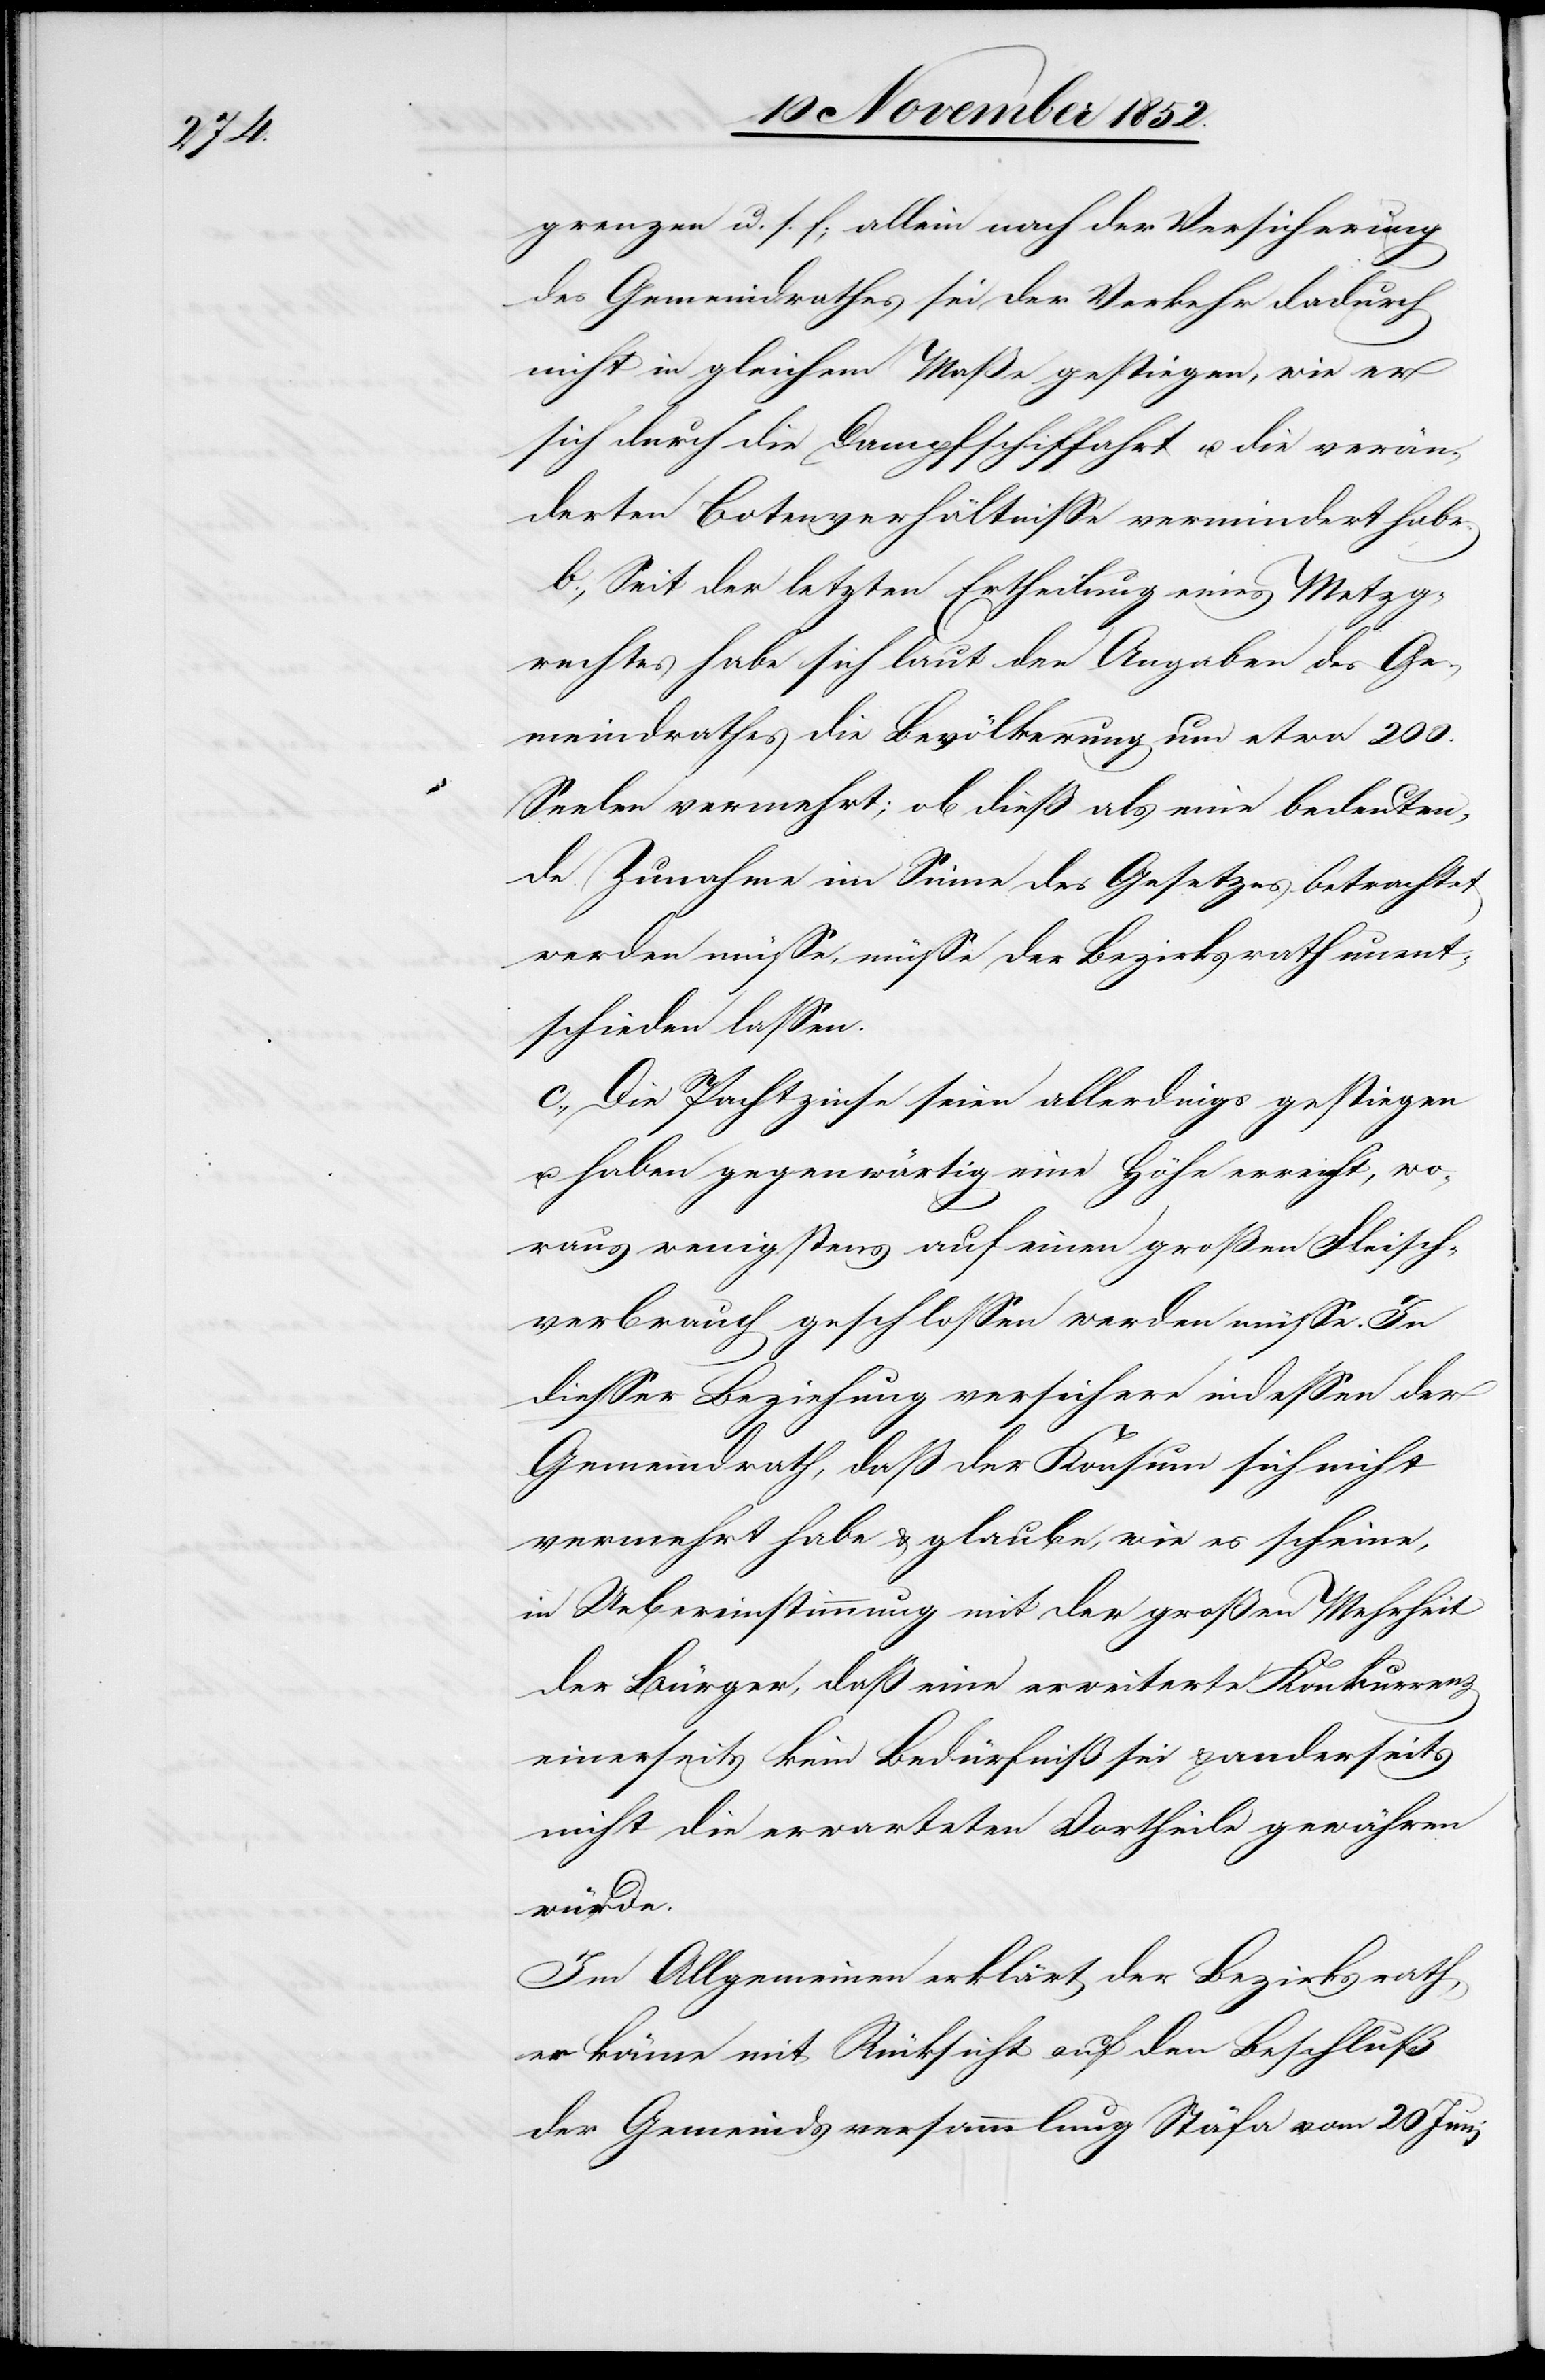
grenzen u. s. f; allein nach der Versicherung
des Gemeindrathes sei der Verkehr dadurch
nicht in gleichem Maße gestiegen, wie er
sich durch die Dampfschiffahrt u. die verän¬
derten Botenverhältnisse vermindert habe.
b., Seit der letzten Ertheilung eines Metzg¬
rechtes habe sich laut den Angaben des Ge¬
meindrathes die Bevölkerung um etwa 200.
Seelen vermehrt; ob dieß als eine bedeuten¬
de Zunahme im Sinne des Gesetzes betrachtet
werden müsse, müsse der Bezirksrath unent¬
schieden lassen.
c., Die Pachtzinse seien allerdings gestiegen
u. haben gegenwärtig eine Höhe erreicht, wo¬
raus wenigstens auf einen großen Fleisch¬
verbrauch geschlossen werden müsse. In
[sic!] Beziehung versichere indessen der
Gemeindrath, daß der Konsum sich nicht
vermehrt habe & glaube, wie es scheine,
in Uebereinstimmung mit der großen Mehrheit
der Bürger, daß eine erweiterte Konkurrenz
einerseits kein Bedürfniß sei & anderseits
nicht die erwarteten Vortheile gewähren
würde.
Im Allgemeinen erklärt der Bezirksrath,
er könne mit Rücksicht auf den Beschluß
der Gemeindsversammlung Stäfa vom 20 Juni